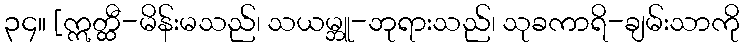
၃၄။ [ဣတ္ထီ-မိန်းမသည်၊ သယမ္ဘူ-ဘုရားသည်၊ သုခကာရိ-ချမ်းသာကို